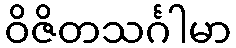
ဝိဇိတသင်္ဂါမာ